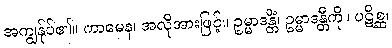
အကျွန်ုပ်၏။ ကာမေန၊ အလိုအားဖြင့်။ ဥမ္မာဒန္တိံ၊ ဥမ္မာဒန္တီကို။ ပဋိစ္ဆ၊